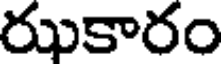
రుకారం